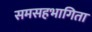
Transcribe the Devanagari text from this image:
समसहभागिता